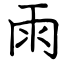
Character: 雨